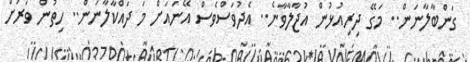
ގަންބާލާނަން.. މަގޭ ދިރިއުޅުން އުޖާލާވާނެ.. އެދުވަސްވެސް އޭނައަށް މަ ދައްކާލާނަން.. ހިތުން ވަރަށް